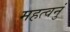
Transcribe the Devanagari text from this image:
महत्वनुं